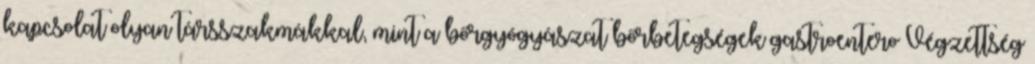
kapcsolat olyan társszakmákkal, mint a bőrgyógyászat bőrbetegségek gastroentero Végzettség